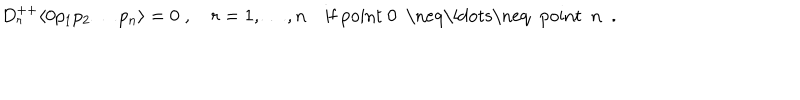
D _ { r } ^ { + + } \langle 0 p _ { 1 } p _ { 2 } \ldots p _ { n } \rangle = 0 \; , \quad r = 1 , \ldots , n \quad \mathrm { i f ~ p o i n t ~ 0 ~ \neq \ldots \neq ~ p o i n t ~ n ~ } \; .